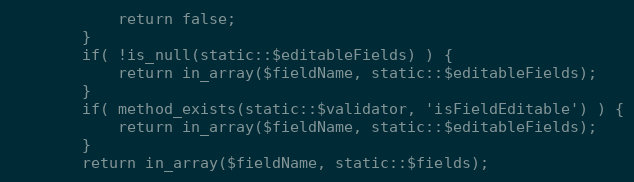
Language: PHP
			return false;
		}
		if( !is_null(static::$editableFields) ) {
			return in_array($fieldName, static::$editableFields);
		}
		if( method_exists(static::$validator, 'isFieldEditable') ) {
			return in_array($fieldName, static::$editableFields);
		}
		return in_array($fieldName, static::$fields);